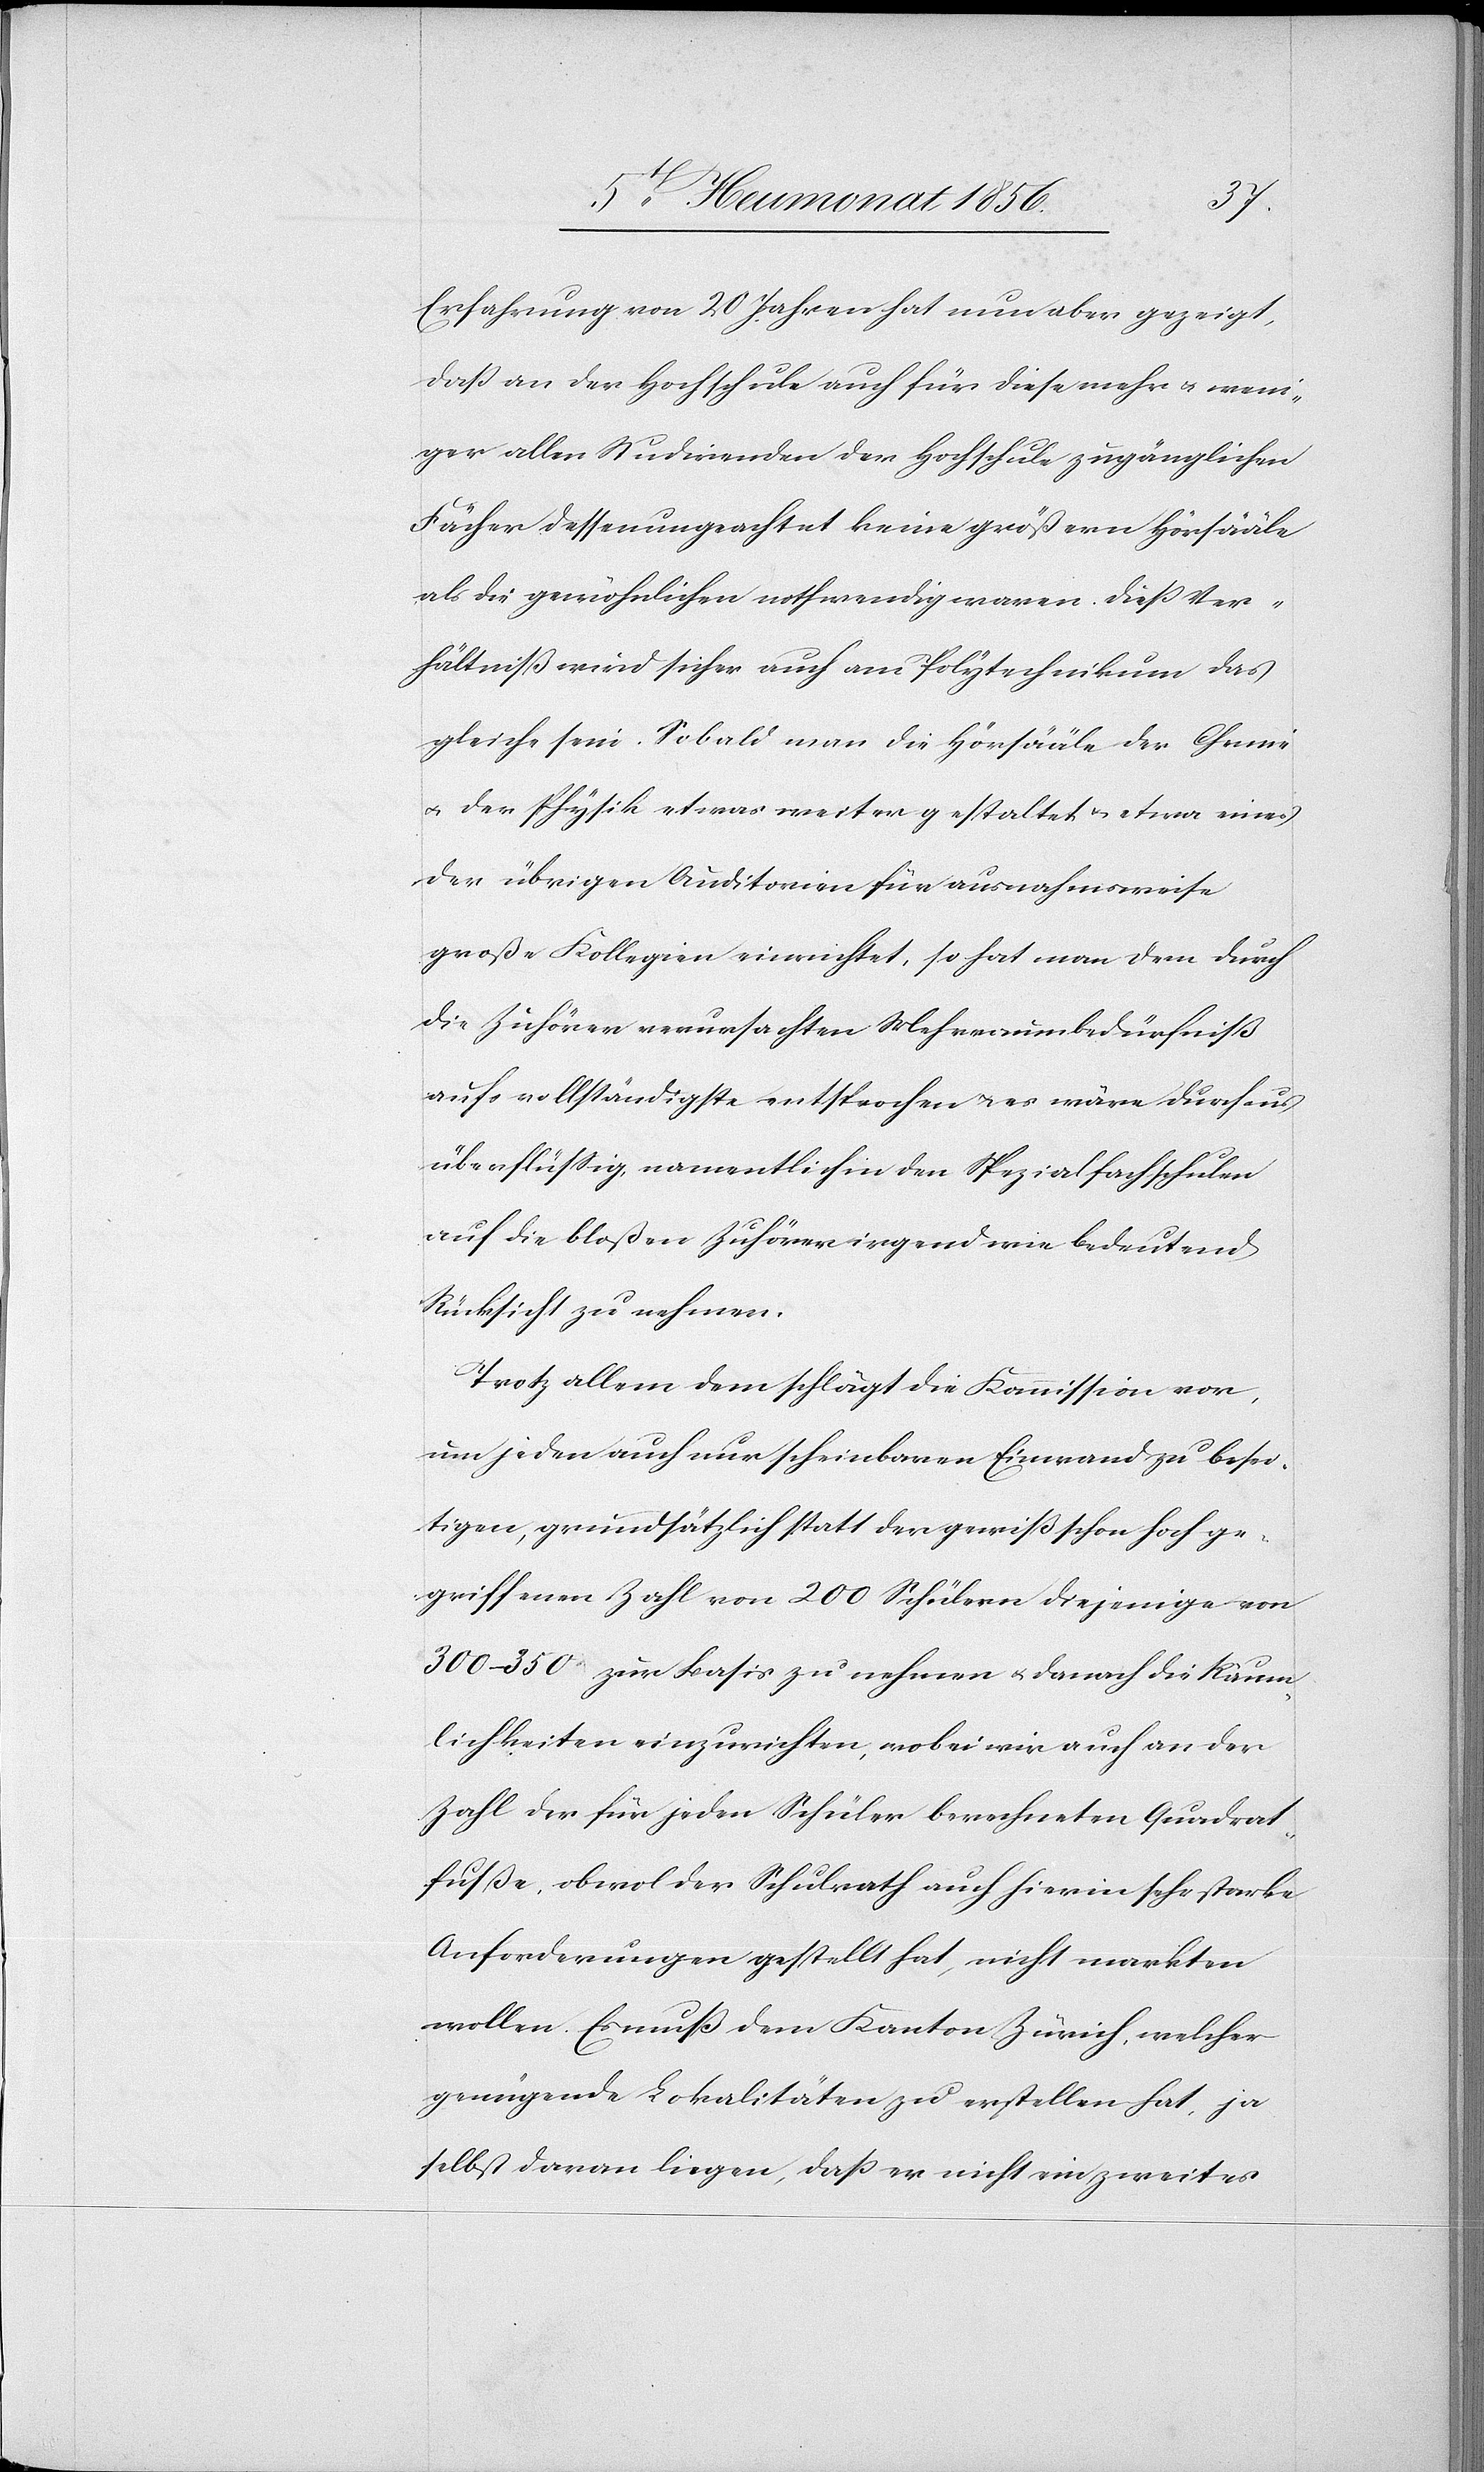
Erfahrung von 20 Jahren hat nun aber gezeigt,
dass an der Hochschule auch für diese mehr u. weni¬
ger allen Studirenden der Hochschule zugänglichen
Fächer dessenungeachtet keine größern Hörsääle
als die gewöhnlichen nothwendig waren. Diess Ver¬
hältniß wird sicher auch am Polytechnikum das
gleiche sein. Sobald man die Hörsääle der Chemie
u. der Physik etwas weiter gestaltet u. etwa eines
der übrigen Auditorien für ausnahmsweise
große Kollegien einrichtet, so hat man dem durch
die Zuhörer verursachten Mehrraumbedürfniß
aufs vollständigste entsprochen u. es wäre durchaus
überflüssig, namentlich in den Spezialfachschulen
auf die bloßen Zuhörer irgend wie bedeutend
Rücksicht zu nehmen.
Trotz allem dem schlägt die Kommission vor,
um jeden auch nur scheinbaren Einwand zu besei¬
tigen, grundsätzlich statt der gewiß schon hoch ge¬
griffenen Zahl von 200 Schülern diejenige von
300–350 zur Basis zu nehmen u. danach die Räum¬
lichkeiten einzurichten, wobei wir auch an der
Zahl der für jeden Schüler berechneten Quadrat¬
fusse, obwol der Schulrath auch hierin sehr starke
Anforderungen gestellt hat, nicht markten
wollen. Es muß dem Kanton Zürich, welcher
genügende Lokalitäten zu erstellen hat, ja
selbst daran liegen, dass er nicht ein zweites